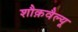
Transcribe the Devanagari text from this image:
शौक़वैल्यू